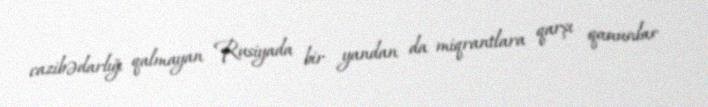
cazibədarlığı qalmayan Rusiyada bir yandan da miqrantlara qarşı qanunlar